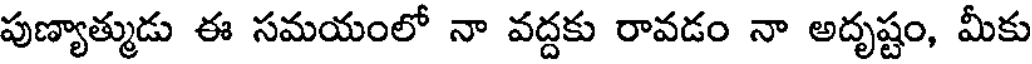
పుణ్యాత్ముడు ఈ సమయంలో నా వద్దకు రావడం నా అదృష్టం, మీకు